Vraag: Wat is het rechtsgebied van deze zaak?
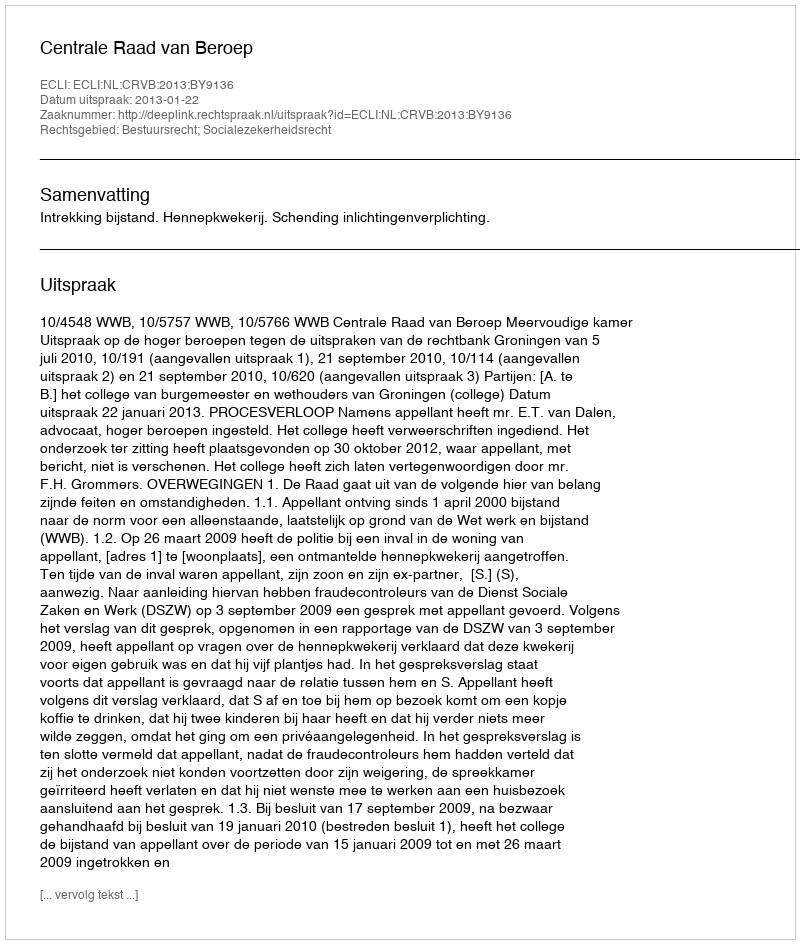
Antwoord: Bestuursrecht; Socialezekerheidsrecht